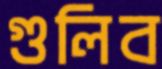
গুলিব